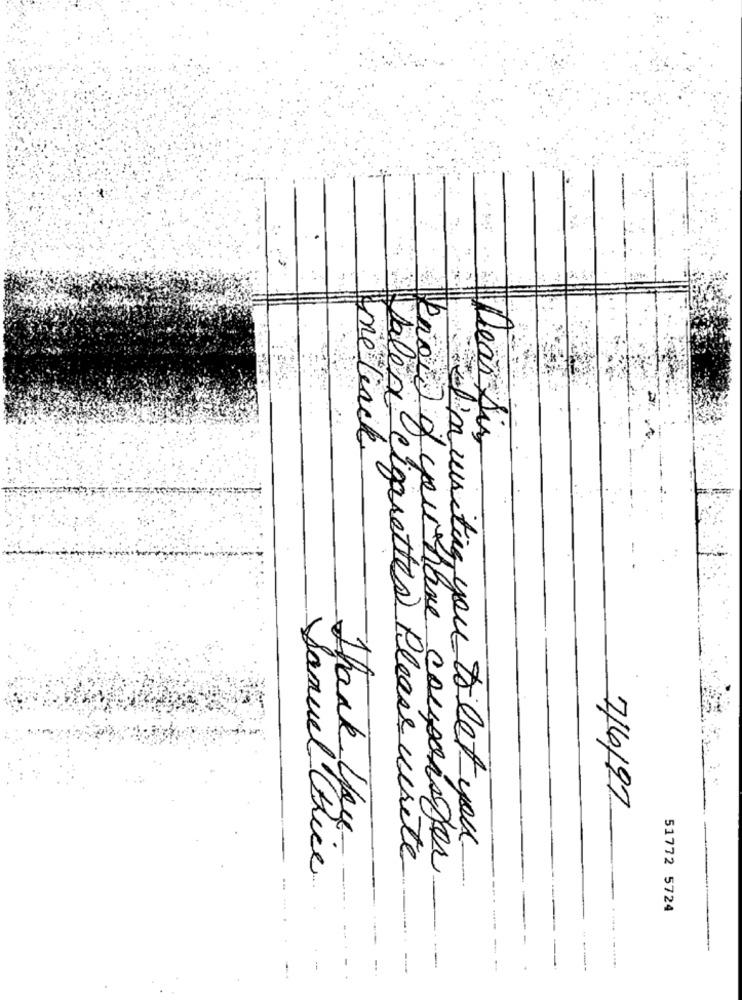
me track
Dear Sir
7/6/97
i'm writing you to let you
Thank you.
Samuel Rice
Valeri cigarettes Please write
Know of your have couponster
51772 5724